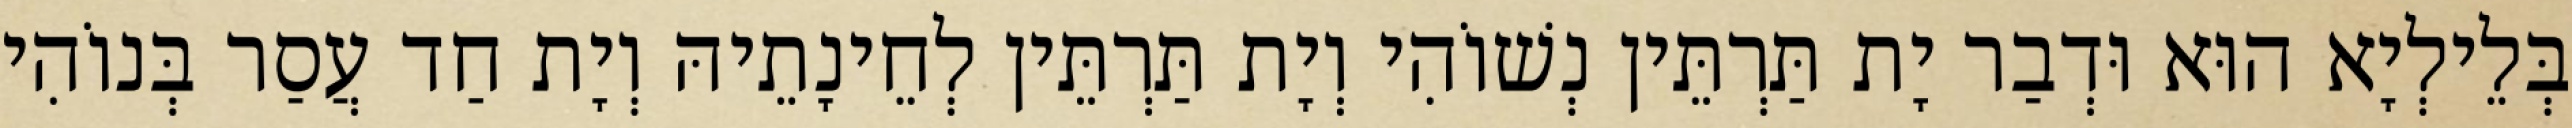
בְּלֵילְיָא הוּא וּדְבַר יָת תַּרְתֵּין נְשׁוֹהִי וְיָת תַּרְתֵּין לְחֵינָתֵיהּ וְיָת חַד עֲסַר בְּנוֹהִי